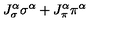
J _ { \sigma } ^ { \alpha } \sigma ^ { \alpha } + J _ { \pi } ^ { \alpha } \pi ^ { \alpha }